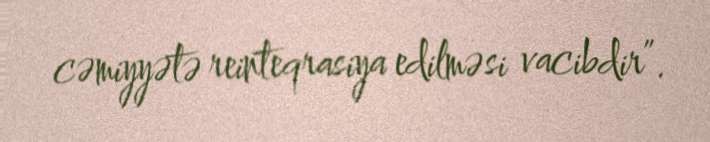
cəmiyyətə reinteqrasiya edilməsi vacibdir”.